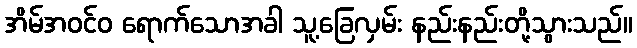
အိမ်အဝင်ဝ ရောက်သောအခါ သူ့ခြေလှမ်း နည်းနည်းတို့သွားသည်။